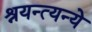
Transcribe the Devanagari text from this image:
श्रयन्त्यन्ये